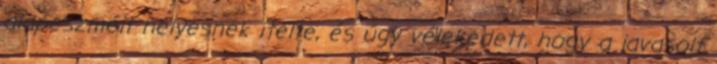
alapeszméit helyesnek ítélte, és úgy vélekedett, hogy a javasolt